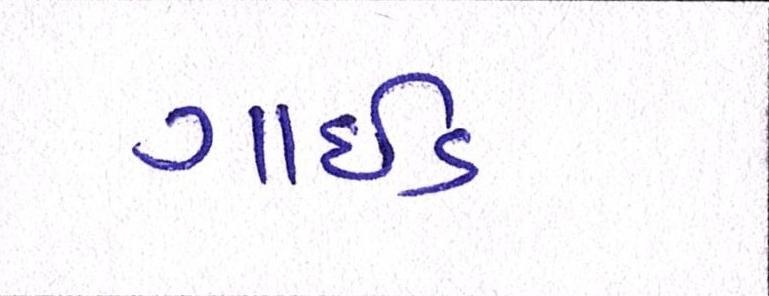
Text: ગાઇડ